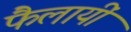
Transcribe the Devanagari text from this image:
फैलायीं